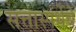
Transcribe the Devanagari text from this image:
सत्तास्पर्धेचे